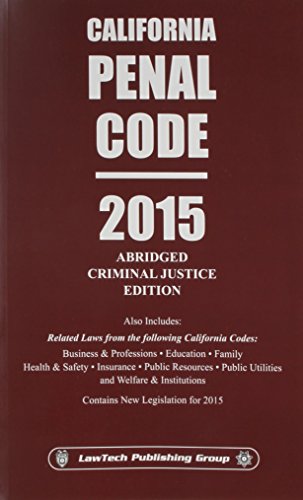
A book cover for California Penal Code: 2015 Abridged Criminal Justice Edition; Editor; Law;